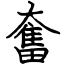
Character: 奮